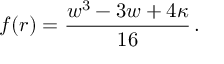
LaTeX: f ( r ) = \frac { w ^ { 3 } - 3 w + 4 \kappa } { 1 6 } \, .